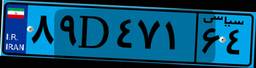
۰۰D۱۲۴۶۷